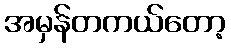
အမှန်တကယ်တော့